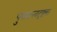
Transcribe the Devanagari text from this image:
पुरातत्त्वदृष्ट्या